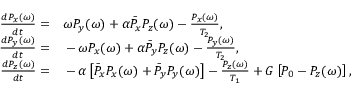
\begin{array} { r l } { \frac { d P _ { x } ( \omega ) } { d t } = } & { { } \omega P _ { y } ( \omega ) + \alpha \bar { P } _ { x } P _ { z } ( \omega ) - \frac { P _ { x } ( \omega ) } { T _ { 2 } } , } \\ { \frac { d P _ { y } ( \omega ) } { d t } = } & { { } - \omega P _ { x } ( \omega ) + \alpha \bar { P } _ { y } P _ { z } ( \omega ) - \frac { P _ { y } ( \omega ) } { T _ { 2 } } , } \\ { \frac { d P _ { z } ( \omega ) } { d t } = } & { { } - \alpha \left[ \bar { P } _ { x } P _ { x } ( \omega ) + \bar { P } _ { y } P _ { y } ( \omega ) \right] - \frac { P _ { z } ( \omega ) } { T _ { 1 } } + G \left[ P _ { 0 } - P _ { z } ( \omega ) \right] , } \end{array}